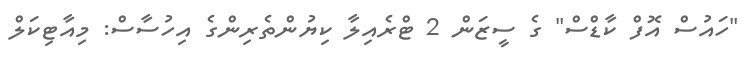
"ހައުސް އޮފް ކާޑްސް" ގެ ސީޒަން 2 ޓްރެއިލާ ކިޔުންތެރިންގެ އިހުސާސް: މިއާޓިކަލް